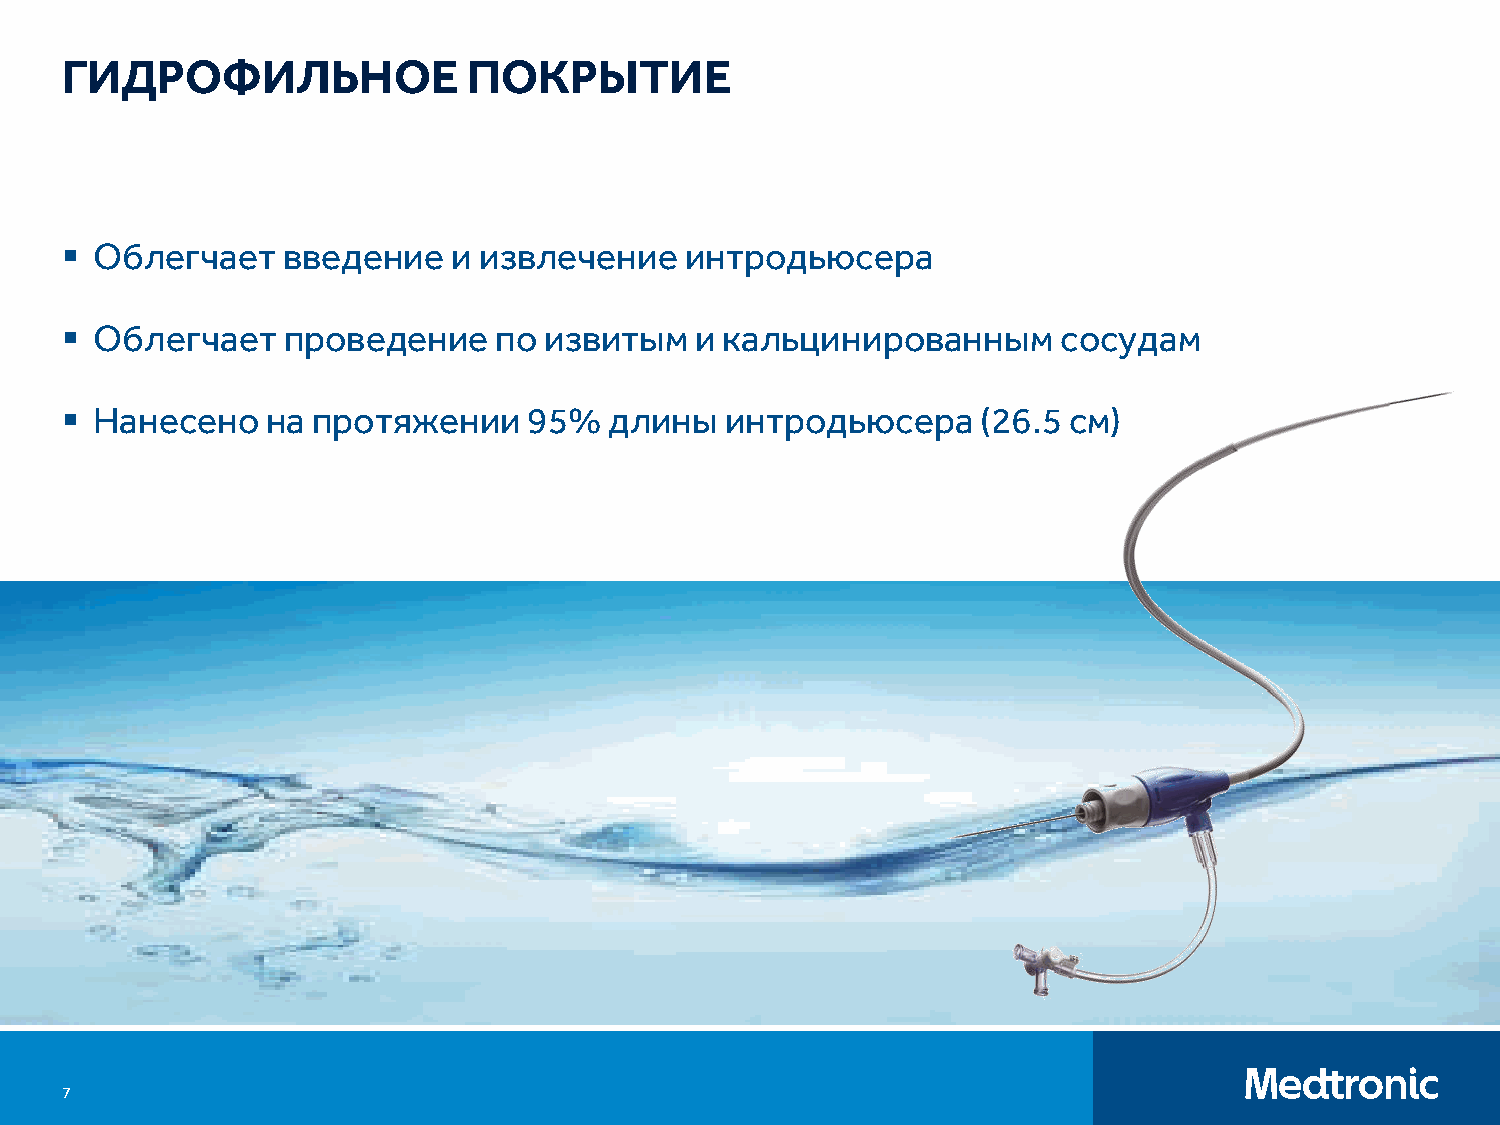
ГИДРОФИЛЬНОЕ               ПОКРЫТИЕ
  Облегчает    введение   и извлечение   интродьюсера
  Облегчает    проведение    по извитым   и кальцинированным      сосудам
  Нанесено    на протяжении    95%  длины   интродьюсера     (26.5 см)
 7